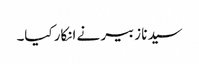
سیدنا زبیر نے انکار کیا۔